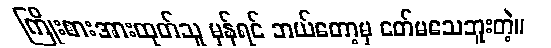
ကြိုးစားအားထုတ်သူ မှန်ရင် ဘယ်တော့မှ ငတ်မသေဘူးတဲ့။